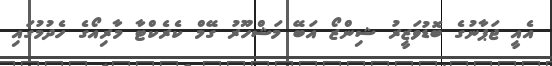
އެއީ ޖަޕާނުގެ ބޮޑުވަޒީރު ޝިންޒޯ އަބޭ މަޝްހޫރު ގޭމް ކެރެކްޓާ މާރިއޯގެ ހެދުމުގައި